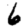
Digit: 6